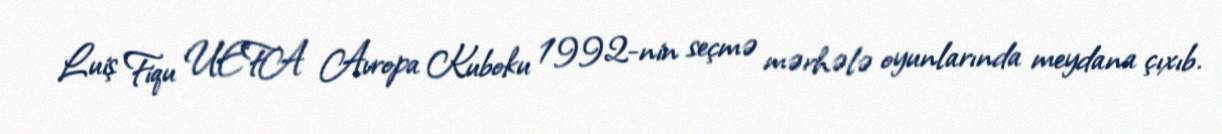
Luiş Fiqu UEFA Avropa Kuboku 1992-nin seçmə mərhələ oyunlarında meydana çıxıb.